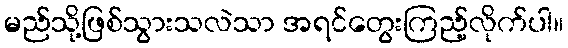
မည်သို့ဖြစ်သွားသလဲသာ အရင်တွေးကြည့်လိုက်ပါ။